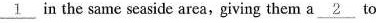
\underline{1} in the same seaside area,giving them a \underline{2} to